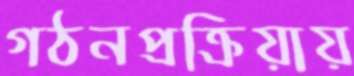
গঠনপ্রক্রিয়ায়